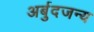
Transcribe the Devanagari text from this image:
अर्बुदजन्य